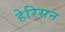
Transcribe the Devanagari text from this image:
हेरिसन